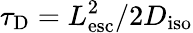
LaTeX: \tau_{\mathrm{D}}=L_{\mathrm{esc}}^{2}/2D_{\mathrm{iso}}